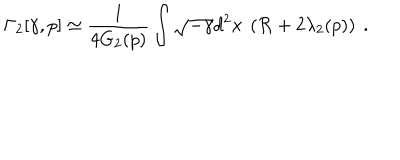
\Gamma _ { 2 } [ \gamma , p ] \simeq { \frac { 1 } { 4 G _ { 2 } ( p ) } } \int \sqrt { - \gamma } d ^ { 2 } x ~ \left( { \cal R } + 2 \lambda _ { 2 } ( p ) \right) ~ .